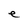
Character: e